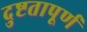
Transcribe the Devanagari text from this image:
दुष्टतापूर्ण